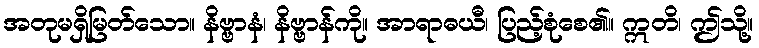
အတုမရှိမြတ်သော။ နိဗ္ဗာနံ၊ နိဗ္ဗာန်ကို။ အာရာဓယီ၊ ပြည့်စုံစေ၏။ ဣတိ၊ ဤသို့။